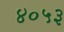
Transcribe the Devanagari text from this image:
४०५३